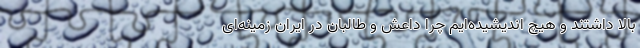
بالا داشتند و هیچ اندیشیده‌ایم چرا داعش و طالبان در ایران زمینه‌ای